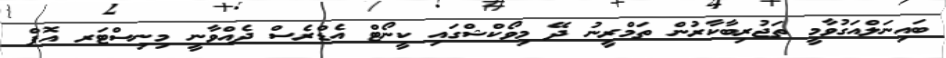
ބައިނަލްއަގުވާމީ ތަޖުރިބާކާރުން ތަމްރީނު ދޭ މިވޯކްޝްގައި ކީނޯޓް އެޑްރެސް ދެއްވާނީ މިނިސްޓަރ އޮފް